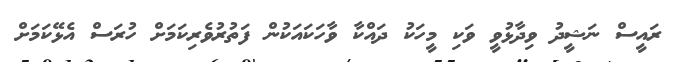
ރައީސް ނަޝީދު ވިދާޅުވީ ވަކި މީހަކު ދައްކާ ވާހަކައަކުން ފަތުރުވެރިކަމަށް ހުރަސް އެޅޭކަމަށް